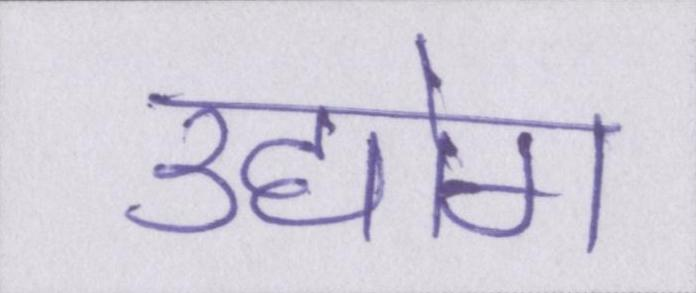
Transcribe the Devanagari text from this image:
उद्योग